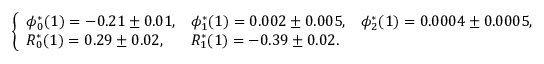
\left\{ \begin{array} { l l l } { \phi _ { 0 } ^ { * } ( 1 ) = - 0 . 2 1 \pm 0 . 0 1 , } & { \phi _ { 1 } ^ { * } ( 1 ) = 0 . 0 0 2 \pm 0 . 0 0 5 , } & { \phi _ { 2 } ^ { * } ( 1 ) = 0 . 0 0 0 4 \pm 0 . 0 0 0 5 , } \\ { R _ { 0 } ^ { * } ( 1 ) = 0 . 2 9 \pm 0 . 0 2 , } & { R _ { 1 } ^ { * } ( 1 ) = - 0 . 3 9 \pm 0 . 0 2 . } & { } \end{array} \right.